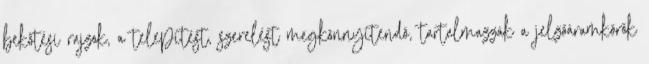
bekötési rajzok, a telepítést, szerelést megkönnyítendõ, tartalmazzák a jelzõáramkörök